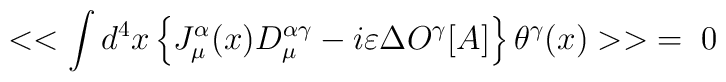
<<\int d^{4}x\left\{ J_{\mu }^{\alpha }(x)D^{\alpha \gamma }_{\mu }-i\varepsilon \Delta O^{\gamma }[A]\right\} \theta ^{\gamma }(x)>>\; =\; 0